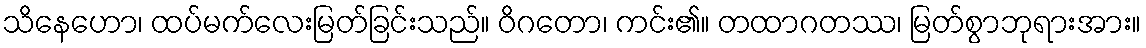
သိနေဟော၊ ထပ်မက်လေးမြတ်ခြင်းသည်။ ဝိဂတော၊ ကင်း၏။ တထာဂတဿ၊ မြတ်စွာဘုရားအား။